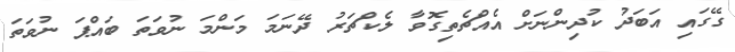
ގޭގައި އަބަދު ކުދިންނަށް އެއްޗެތިގޮވާ ލެކްޗަރު ދޭނަމަ މަންމަ ނުވަތަ ބައްޕަ ނުވަތަ